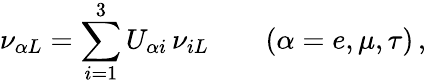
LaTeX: \nu_{{\alpha}L}=\sum_{i=1}^{3}U_{{\alpha}i}\, \nu_{iL}\qquad(\alpha=e,\mu,\tau)\, ,